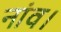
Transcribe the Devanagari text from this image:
नांव।